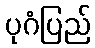
ပုဂံပြည်